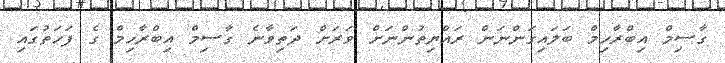
ގާސިމް އިބްރާހިމް ބަލައިގަންނަން ރައްޔިތުންނަށް ވަރަށް ދަތިވާނެ ގާސިމް އިބްރާހިމް ގެ ފަހަތުގައި